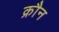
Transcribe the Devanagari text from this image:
क्रौन